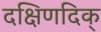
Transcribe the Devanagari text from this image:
दक्षिणदिक्